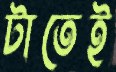
টাতেই